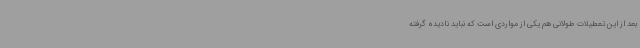
بعد از این تعطیلات طولانی هم یکی از مواردی است که نباید نادیده گرفته